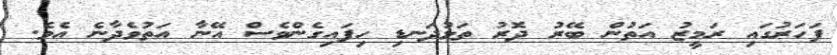
ފަހަރުގައި ރަމީޒު އަތުން ބޭރު ދޮރު ތަޅުދަނޑި ހިފައިގެންވެސް އޭނާ އަތުވެދާނެ އެވެ.